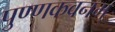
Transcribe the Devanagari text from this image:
पुण्णकवनम्